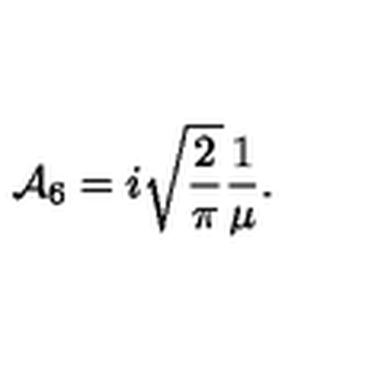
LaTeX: { \cal A } _ { 6 } = i \sqrt { \frac { 2 } { \pi } } \frac { 1 } { \mu } .